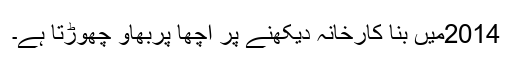
2014میں بنا کارخانہ دیکھنے پر اچھا پربھاؤ چھوڑتا ہے۔